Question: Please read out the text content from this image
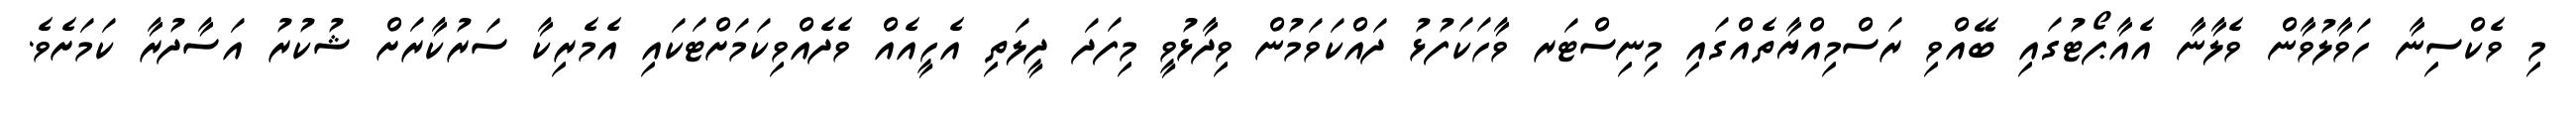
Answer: މި ވެކްސިނާ ހަވާލުވާން ވެލާނާ އެއާޕޯޓުގައި ބޭއްވި ރަސްމިއްޔާތެއްގައި މިނިސްޓަރ ވާހަކަފުޅު ދައްކަވަމުން ވިދާޅުވީ މިފަދަ ދީލަތި އެހީއެއް ވެދެއްވިކަމަށްޓަކައި އެމެރިކާ ސަރުކާރަށް ޝުކުރު އަސާދުރާ ކަމަށެވެ.